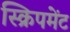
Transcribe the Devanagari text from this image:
स्क्रिपमेंट